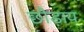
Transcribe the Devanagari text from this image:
छौड़ाय